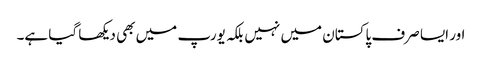
اور ایسا صرف پاکستان میں نہیں بلکہ یورپ میں بھی دیکھا گیا ہے۔